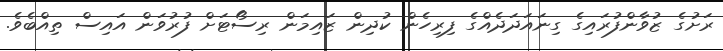
ރަށުގެ ޒުވާންފުރައިގެ ގިނައަދަދެއްގެ ފިރިހެން ކުދިން ޒައިމަން ރިސޯޓަށް ފުރުވަން އައިސް ތިއްބެވެ.